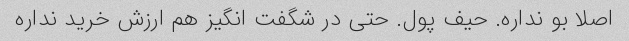
اصلا بو نداره. حیف پول. حتی در شگفت انگیز هم ارزش خرید نداره